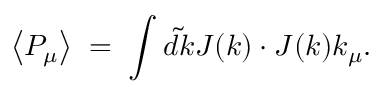
\left\langle P _ { \mu } \right\rangle \; = \; \int \tilde { d k } J ( k ) \cdot J ( k ) k _ { \mu } .